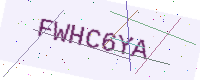
Text: FWHC6YA